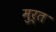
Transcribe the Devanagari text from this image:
मुर्त